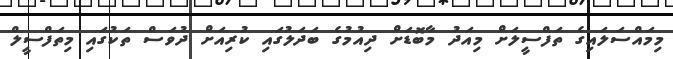
މިމައްސަލައިގެ ތަފްސީލަށް މިއަދު މާބޮޑަށް ދިއުމުގެ ބަދަލުގައި ކުރިއަށް ދުވަސް ތަކުގައި މިތަފްސީލް